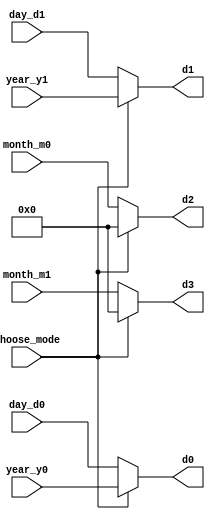
`timescale 1ns / 1ps
//////////////////////////////////////////////////////////////////////////////////
// Company: 
// Engineer: 
// 
// Design Name: 
// Module Name: mode
// Project Name: 
// Target Devices: 
// Tool Versions: 
// Description: 
// 
// Dependencies: 
// 
// Revision:
// Revision 0.01 - File Created
// Additional Comments:
// 
//////////////////////////////////////////////////////////////////////////////////


module mode(
    input  choose_mode,
    input  [3:0] day_d0,
    input  [3:0] day_d1,
    input  [3:0] month_m0,
    input  [3:0] month_m1,
    input  [3:0] year_y0,
    input  [3:0] year_y1,
    output reg [3:0] d0,
    output reg [3:0] d1,
    output reg [3:0] d2,
    output reg [3:0] d3
    );
    
    always@*
        if(choose_mode) 
        begin //year
            d0 <= year_y0;
            d1 <= year_y1;
            d2 <= 4'd0;
            d3 <= 4'd0;
        end
        else
        begin //month/day
            d0 <= day_d0;
            d1 <= day_d1;
            d2 <= month_m0;
            d3 <= month_m1;
        end
endmodule